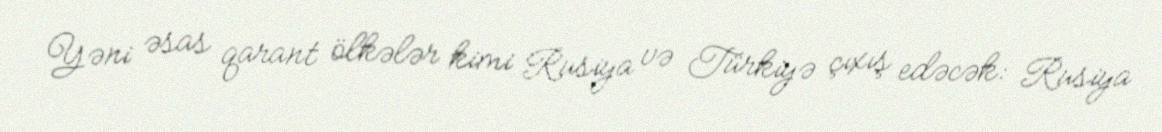
Yəni əsas qarant ölkələr kimi Rusiya və Türkiyə çıxış edəcək: Rusiya